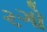
રગો